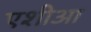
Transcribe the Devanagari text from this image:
एशीआ